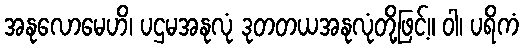
အနုလောမေဟိ၊ ပဌမအနုလုံ ဒုတတယအနုလုံတို့ဖြင့်။ ဝါ၊ ပရိကံ